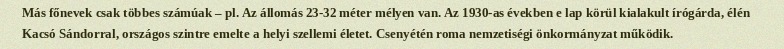
Más főnevek csak többes számúak – pl. Az állomás 23-32 méter mélyen van. Az 1930-as években e lap körül kialakult írógárda, élén Kacsó Sándorral, országos szintre emelte a helyi szellemi életet. Csenyétén roma nemzetiségi önkormányzat működik.